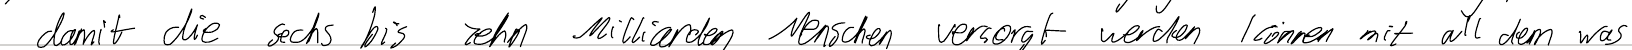
damit die sechs bis zehn Milliarden Menschen versorgt werden können mit all dem was